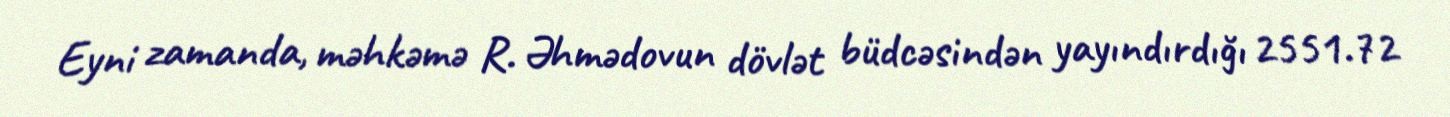
Eyni zamanda, məhkəmə R. Əhmədovun dövlət büdcəsindən yayındırdığı 2551.72